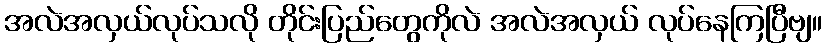
အလဲအလှယ်လုပ်သလို တိုင်းပြည်တွေကိုလဲ အလဲအလှယ် လုပ်နေကြပြီဗျ။